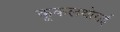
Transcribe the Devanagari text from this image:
कूकलथोराई